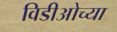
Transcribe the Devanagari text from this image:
विडीओच्या